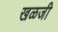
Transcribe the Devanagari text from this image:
खळजी